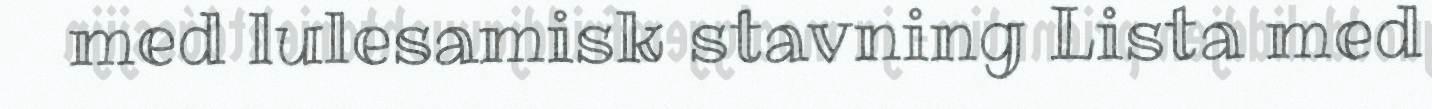
med lulesamisk stavning Lista med